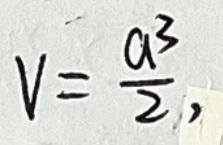
$V = \frac{a^3}{2}$